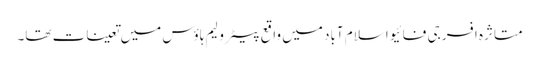
متاثرہ افسر جی فائیو اسلام آباد میں واقع پیٹرولیم ہاؤس میں تعینات تھا۔